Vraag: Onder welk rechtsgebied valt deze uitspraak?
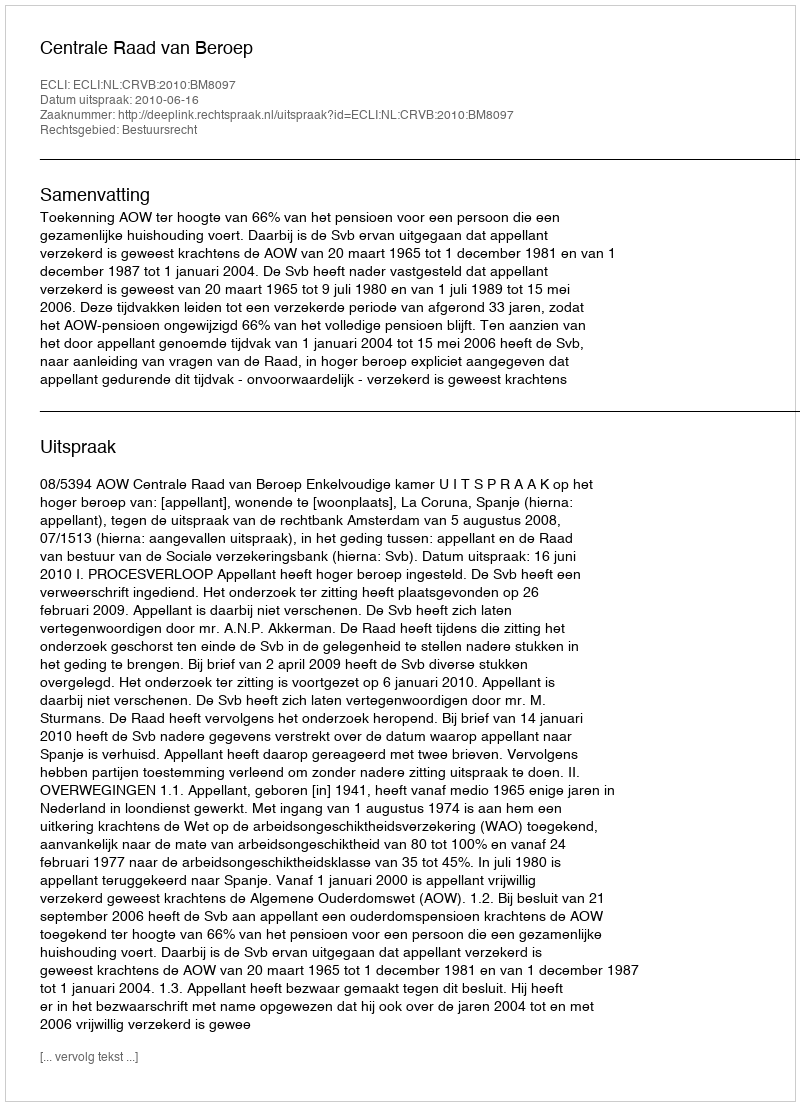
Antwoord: Bestuursrecht